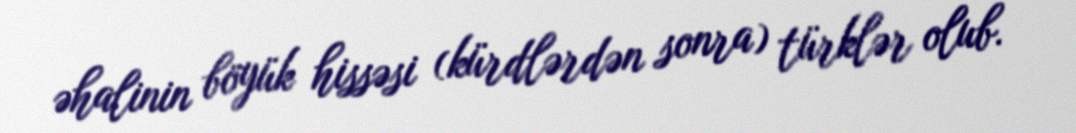
əhalinin böyük hissəsi (kürdlərdən sonra) türklər olub.